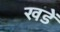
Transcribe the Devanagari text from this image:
खडें